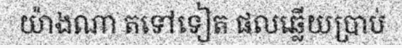
យ៉ាងណា តទៅទៀត ផលឆ្លើយប្រាប់